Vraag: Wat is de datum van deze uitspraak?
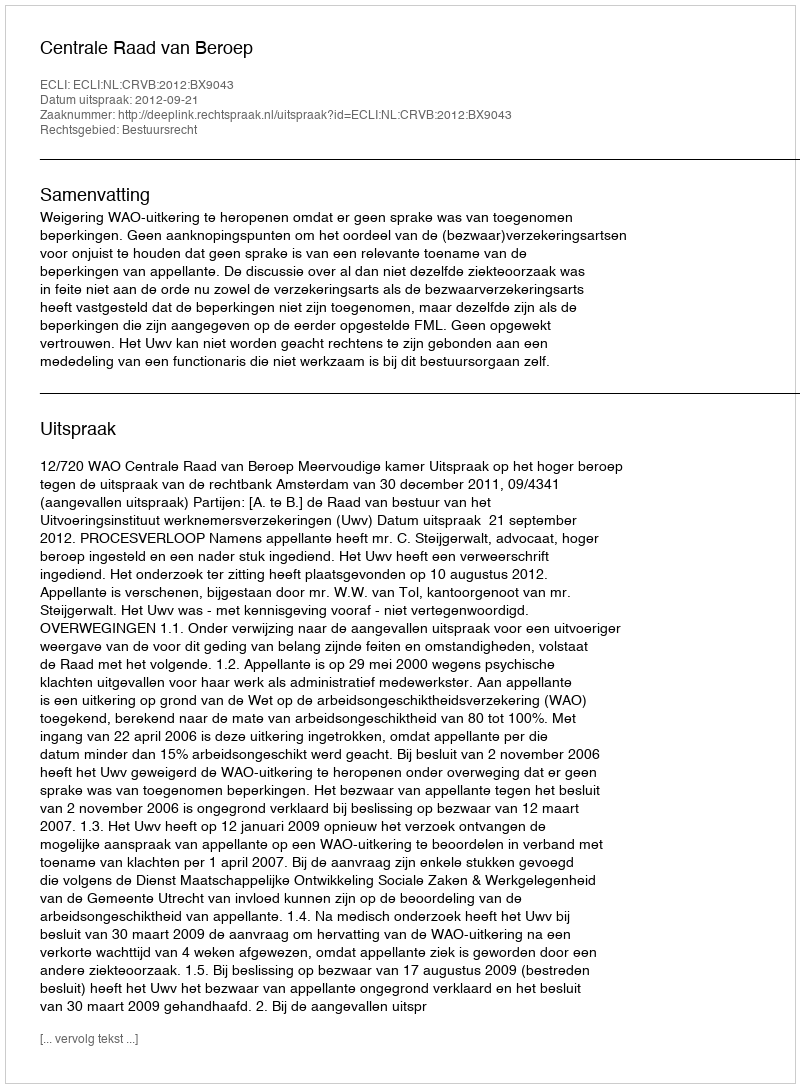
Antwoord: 2012-09-21